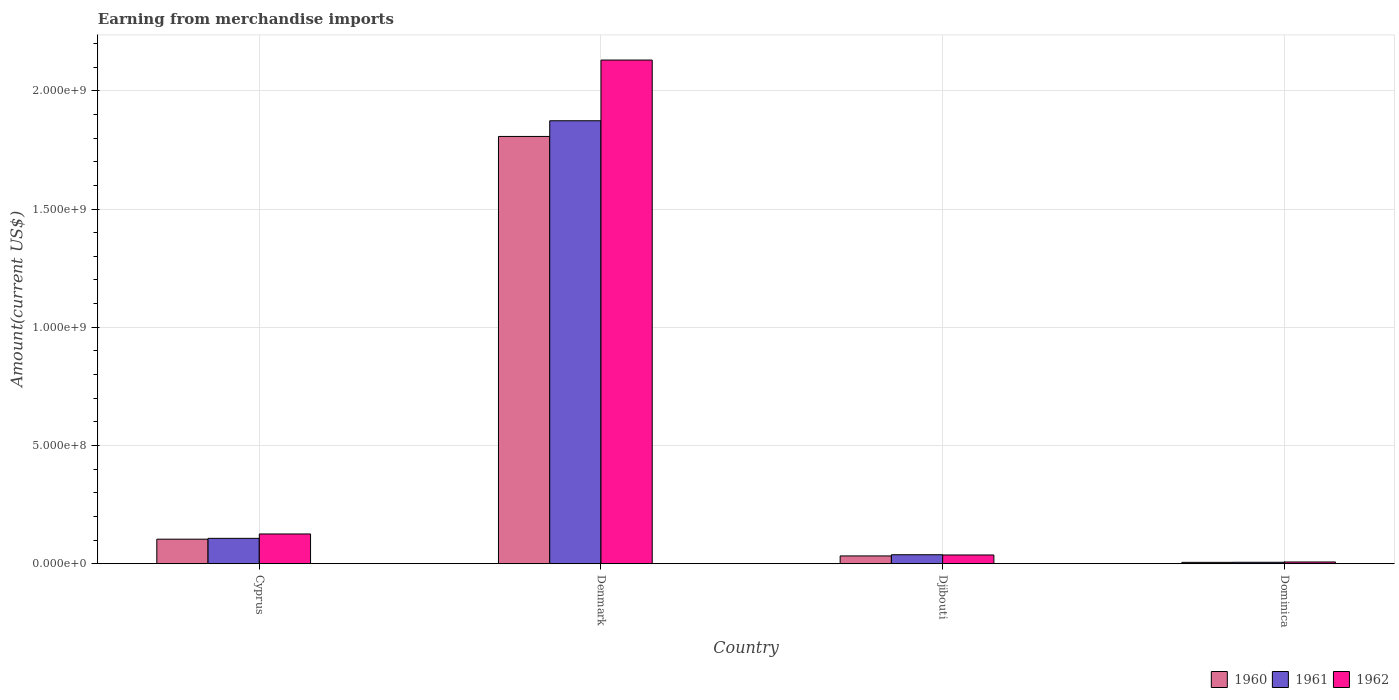
| Country | 1960 | 1961 | 1962 |
 | --- | --- | --- | --- |
 | Cyprus | 1.04e+08 | 1.07e+08 | 1.26e+08 |
 | Denmark | 1.81e+09 | 1.87e+09 | 2.13e+09 |
 | Djibouti | 3.3e+07 | 3.8e+07 | 3.7e+07 |
 | Dominica | 5.81e+06 | 6.17e+06 | 7.41e+06 |